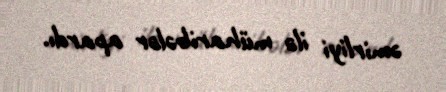
əmirliyi ilə müharibələr apardı.